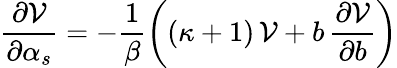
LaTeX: \frac{\partial{\cal V}}{\partial\alpha_{s}}=-\frac 1{\beta}\left((\kappa+1)\, {\cal V}+b\, \frac{\partial{\cal V}}{\partial b}\right)